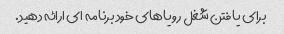
برای یافتن شغل رویاهای خود برنامه ای ارائه دهید.